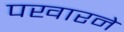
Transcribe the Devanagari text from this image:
पखारने